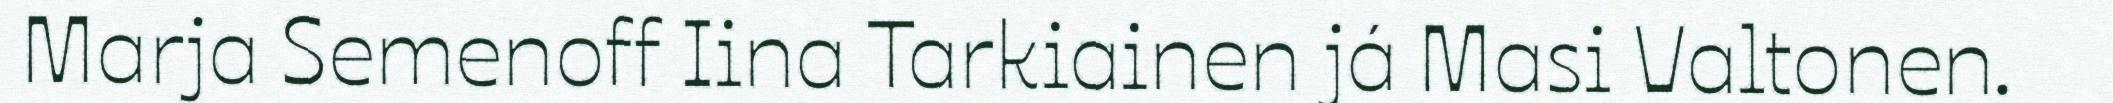
Marja Semenoff Iina Tarkiainen já Masi Valtonen.